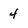
Character: 4